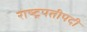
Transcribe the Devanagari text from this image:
राष्ट्रपतीपदी